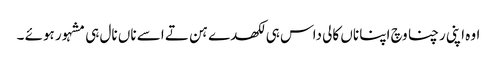
اوہ اپنی رچنا وچ اپنا ناں کالی داس ہی لکھدے ہن تے اسے ناں نال ہی مشہور ہوئے ۔